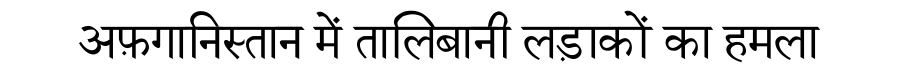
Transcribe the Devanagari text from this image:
अफ़गानिस्तान में तालिबानी लड़ाकों का हमला